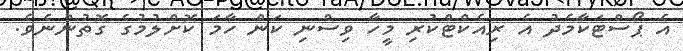
އެ ޕޯސްޓަކާމެދު އެ ރިއެކްޓްކުރި މީހާ ވިސްނި ކަން ހާމަ ކޮށްލުމުގެ ގޮތުންނެވެ.